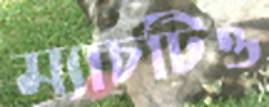
ম্যাচটিও